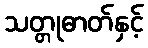
သတ္တုဓာတ်နှင့်